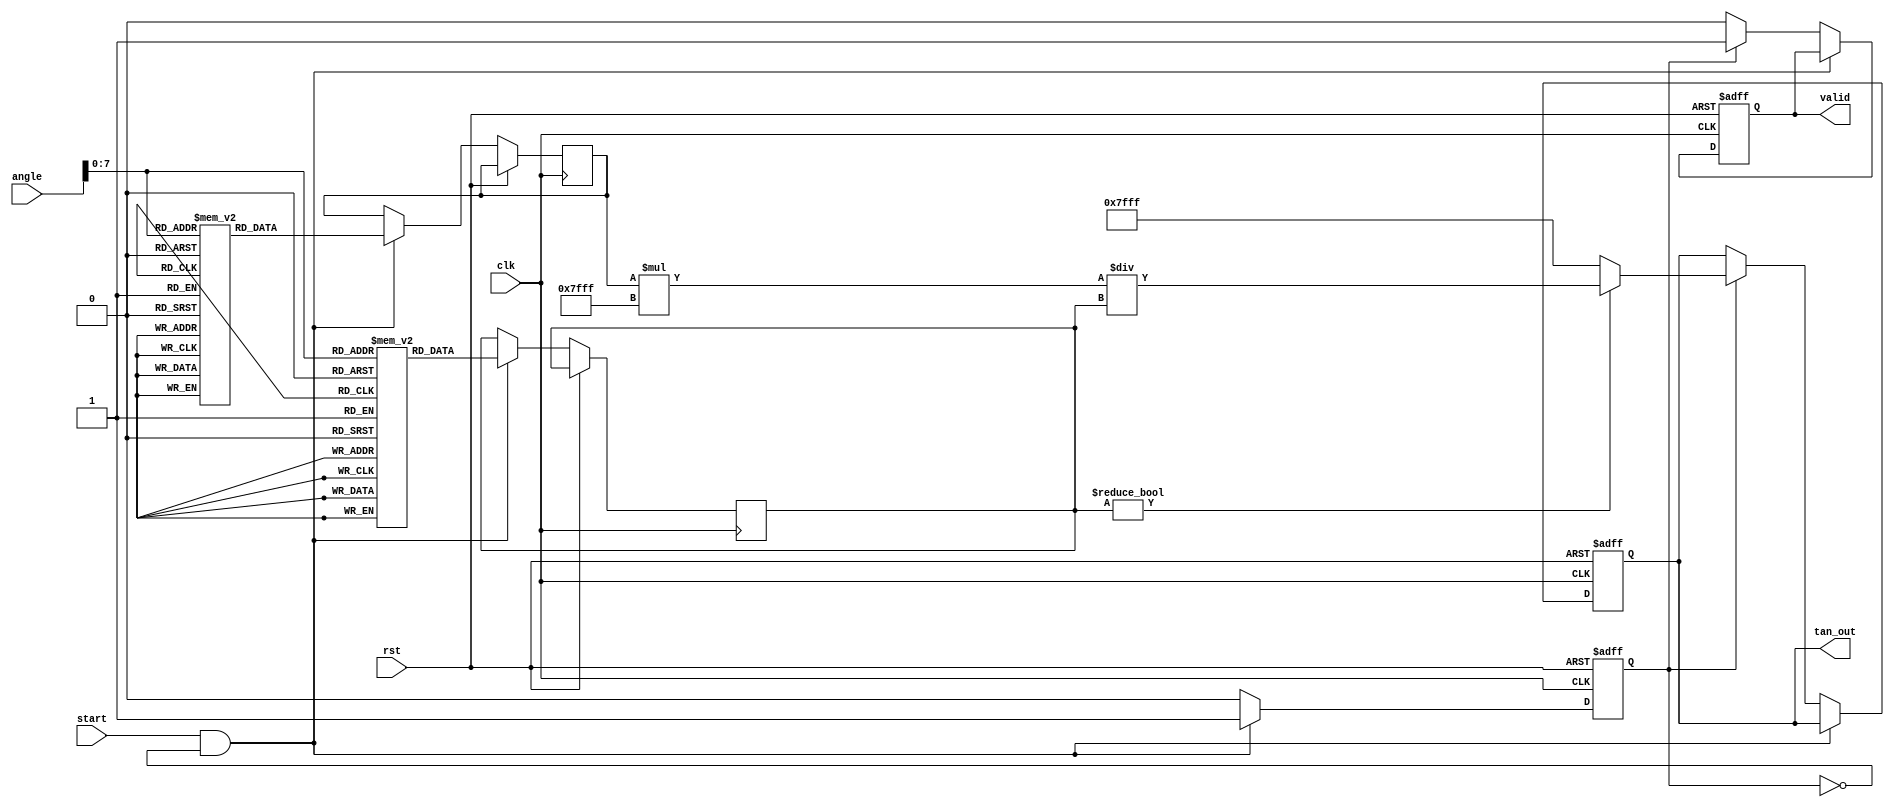
module tangent_block (
    input wire clk,
    input wire rst,
    input wire start,
    input wire [15:0] angle, // Input angle in Q15 format
    output reg [15:0] tan_out, // Output tangent in Q15 format
    output reg valid // Output valid signal
);

    reg [15:0] sin_out;
    reg [15:0] cos_out;
    reg computing;

    // Sine and Cosine Lookup Tables (for demonstration purposes)
    reg [15:0] sine_lut [0:255]; // 256-point sine lookup table
    reg [15:0] cosine_lut [0:255]; // 256-point cosine lookup table

    initial begin
        // Initialize sine and cosine lookup tables (values in Q15 format)
        // Example values for sine and cosine (only a few shown for brevity)
        sine_lut[0] = 16'h0000; // sin(0)
        sine_lut[64] = 16'h7FFF; // sin(pi/2)
        sine_lut[128] = 16'h0000; // sin(pi)
        sine_lut[192] = 16'h8000; // sin(3pi/2)
        sine_lut[255] = 16'h0000; // sin(2pi)

        cosine_lut[0] = 16'h7FFF; // cos(0)
        cosine_lut[64] = 16'h0000; // cos(pi/2)
        cosine_lut[128] = 16'h8000; // cos(pi)
        cosine_lut[192] = 16'h0000; // cos(3pi/2)
        cosine_lut[255] = 16'h7FFF; // cos(2pi)
    end

    // State machine for computation
    always @(posedge clk or posedge rst) begin
        if (rst) begin
            tan_out <= 16'h0000;
            valid <= 1'b0;
            computing <= 1'b0;
        end else if (start && !computing) begin
            computing <= 1'b1;
            // Normalize angle to [0, 2*pi] and map to LUT index
            // Assuming angle is in Q15 format, we can use modulo operation
            // Here we simply take the lower 8 bits for LUT index
            sin_out <= sine_lut[angle[7:0]];
            cos_out <= cosine_lut[angle[7:0]];
        end else if (computing) begin
            if (cos_out != 16'h0000) begin // Check for division by zero
                // Compute tangent as sin/cos
                tan_out <= (sin_out * 16'h7FFF) / cos_out; // Scale to maintain Q15 format
            end else begin
                tan_out <= 16'h7FFF; // Set to max value or handle undefined
            end
            valid <= 1'b1;
            computing <= 1'b0; // Reset computing state
        end else begin
            valid <= 1'b0; // Reset valid signal if not computing
        end
    end

endmodule